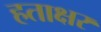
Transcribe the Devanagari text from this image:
हताक्षर